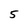
Character: 5